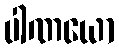
ပါဏယော